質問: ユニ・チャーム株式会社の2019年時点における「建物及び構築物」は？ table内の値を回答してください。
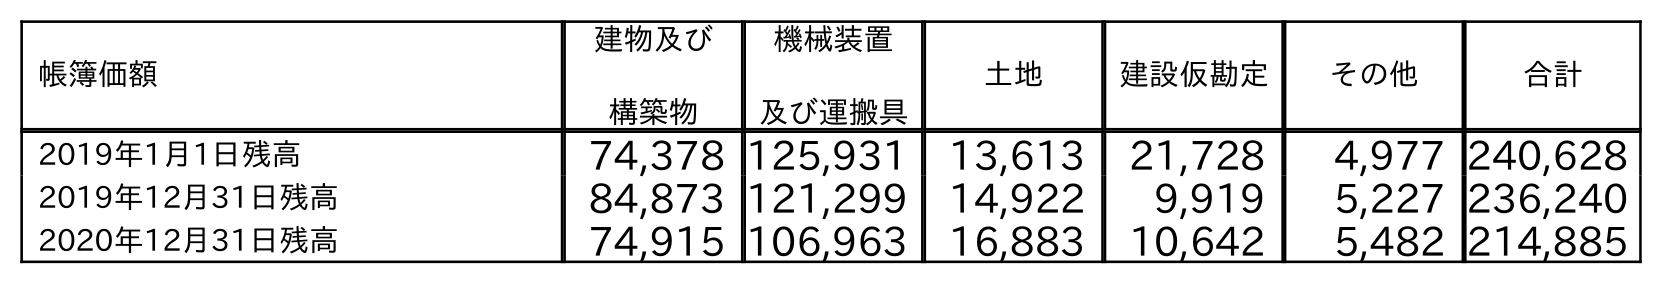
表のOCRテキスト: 帳簿価額 建物及び 構築物 機械装置 及び運搬具 土地 建設仮勘定 その他 合計 2019年1月1日残高 74,378 125,931 13,613 21,728 4,977 240,628 2019年12月31日残高 84,873 121,299 14,922 9,919 5,227 236,240 2020年12月31日残高 74,915 106,963 16,883 10,642 5,482 214,885
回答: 84,873